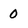
Character: 0